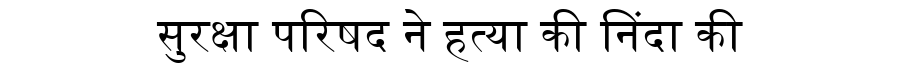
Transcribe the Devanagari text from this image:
सुरक्षा परिषद ने हत्या की निंदा की